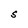
Character: S